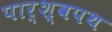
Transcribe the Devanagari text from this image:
पार्श्‍वपथ